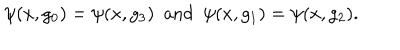
\psi ( x , g _ { 0 } ) = \psi ( x , g _ { 3 } ) \mathrm { \ \ a n d \ \ } \psi ( x , g _ { 1 } ) = \psi ( x , g _ { 2 } ) .